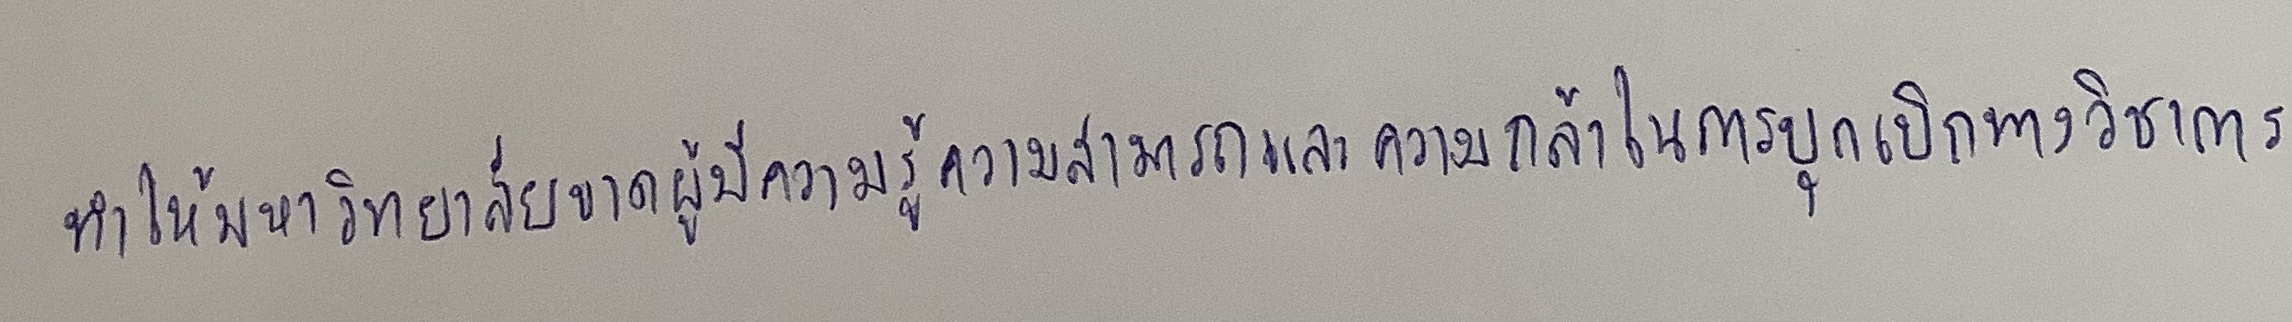
ทำให้มหาวิทยาลัยขาดผู้มีความรู้ความสามารถและความกล้าในการบุกเบิกทางวิชาการ